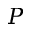
P